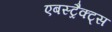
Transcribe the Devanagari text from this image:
एबस्ट्रैक्ट्स